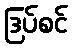
ဒြပ်စင်